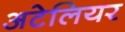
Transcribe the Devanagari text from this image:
अटेलियर